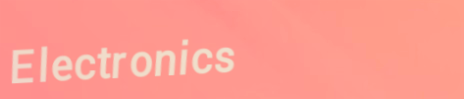
Electronics